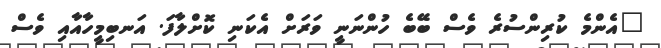
"އެންމެ ކުރިންސުރެ ވެސް ބޭބެ ހުންނަނީ ވަރަށް އެކަނި ކޮށްލާފަ. އަނބިމީހާއާއި ވެސް